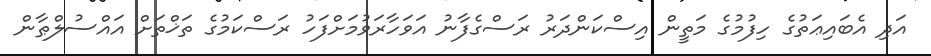
އަދި އެބައިޢަތުގެ ހިފުމުގެ މަތީން އިސްކަންދަރު ރަސްގެފާނު އަވަހާރަވުމަށްފަހު ރަސްކަމުގެ ތަޚްތަށް އައްސުލްޠާން